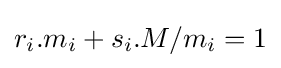
r_{i}.m_{i}+s_{i}.M/m_{i}=1